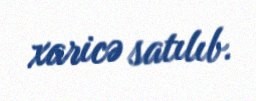
xaricə satılıb.